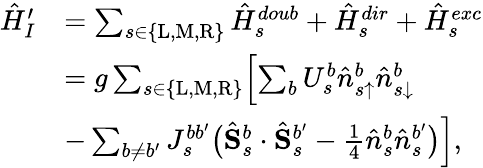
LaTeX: \begin{array}{rl}{\hat{H}_{I}^{\prime}}&{=\sum_{s\in\{ \mathrm{L},\mathrm{M},\mathrm{R}\} }\hat{H}_{s}^{doub}+\hat{H}_{s}^{dir}+\hat{H}_{s}^{exc}}\\ &{=g\sum_{s\in\{ \mathrm{L},\mathrm{M},\mathrm{R}\} }\Bigl[\sum_{b}U_{s}^{b}\hat{n}_{s\uparrow}^{b}\hat{n}_{s\downarrow}^{b}}\\ &{-\sum_{b\neq b^{\prime}}J_{s}^{bb^{\prime}}\bigl(\hat{\mathbf{S}}_{s}^{b}\cdot\hat{\mathbf{S}}_{s}^{b^{\prime}}-\frac{1}{4}\hat{n}_{s}^{b}\hat{n}_{s}^{b^{\prime}}\bigr)\Bigr],}\end{array}